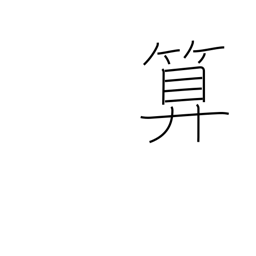
Meaning: abacus